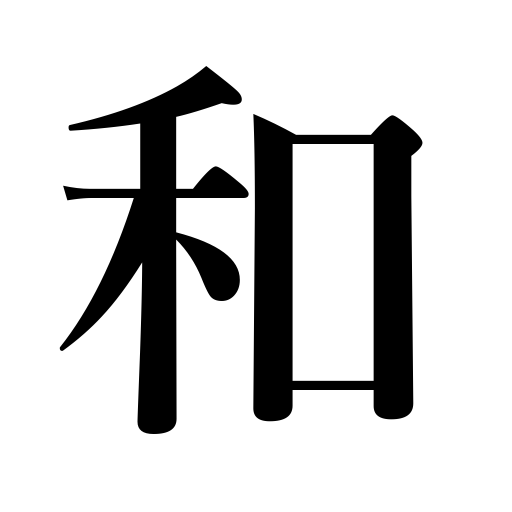
Meanings: ease,be softened,lessen,genial,get quiet,soften,dilute wine,quiet,tone down colors,peace,mitigate,calm down,alleviate,mellow,appease,relax,pacify,unity,be reconciled,comfort,refined,matured,reconciliation,moderate,sum,harmony